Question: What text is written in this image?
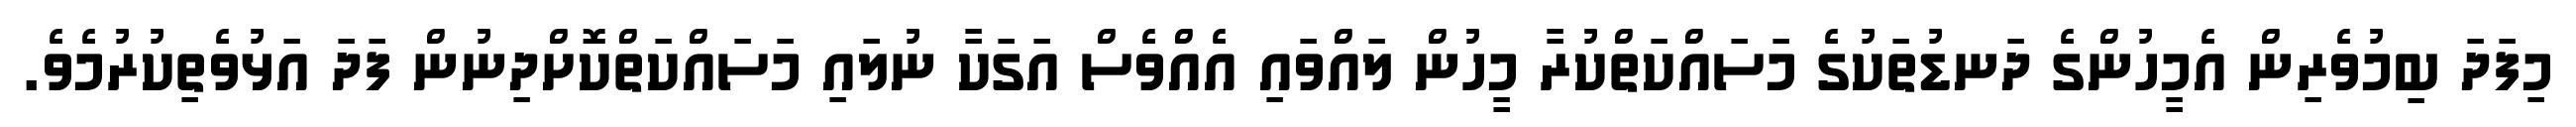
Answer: މިފަދަ ބިމުވެރިން އެމީހުންގެ ދަނޑުތަކުގެ މަސައްކަތްކުރާ މީހުން ލައްވައި އެއްވެސް އަގަކާ ނުލައި މަސައްކަތްކޮށްދިނުން ފަދަ އަޅުވެތިކުރުމެވެ.